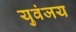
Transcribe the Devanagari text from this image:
युवंजय